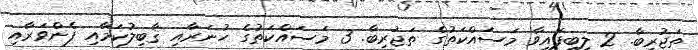
ތަޖުރިބާ. 2 ލިބިފައިވާ މަސައްކަތުގެ ތަޖުރިބާ. 3 މަސައްކަތުގެ ހުނަރާއި ޤާބިލުކަމާއި ފެންވަރާއި